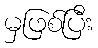
မှဖြစ်ပြီး